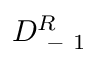
D _ { \mathrm { ~ - ~ } 1 } ^ { R }